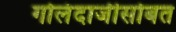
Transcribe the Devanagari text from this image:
गोलंदाजीसोबत